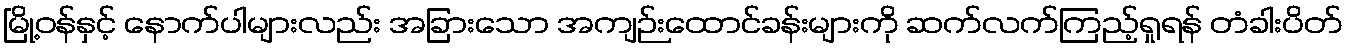
မြို့ဝန်နှင့် နောက်ပါများလည်း အခြားသော အကျဉ်းထောင်ခန်းများကို ဆက်လက်ကြည့်ရှုရန် တံခါးပိတ်